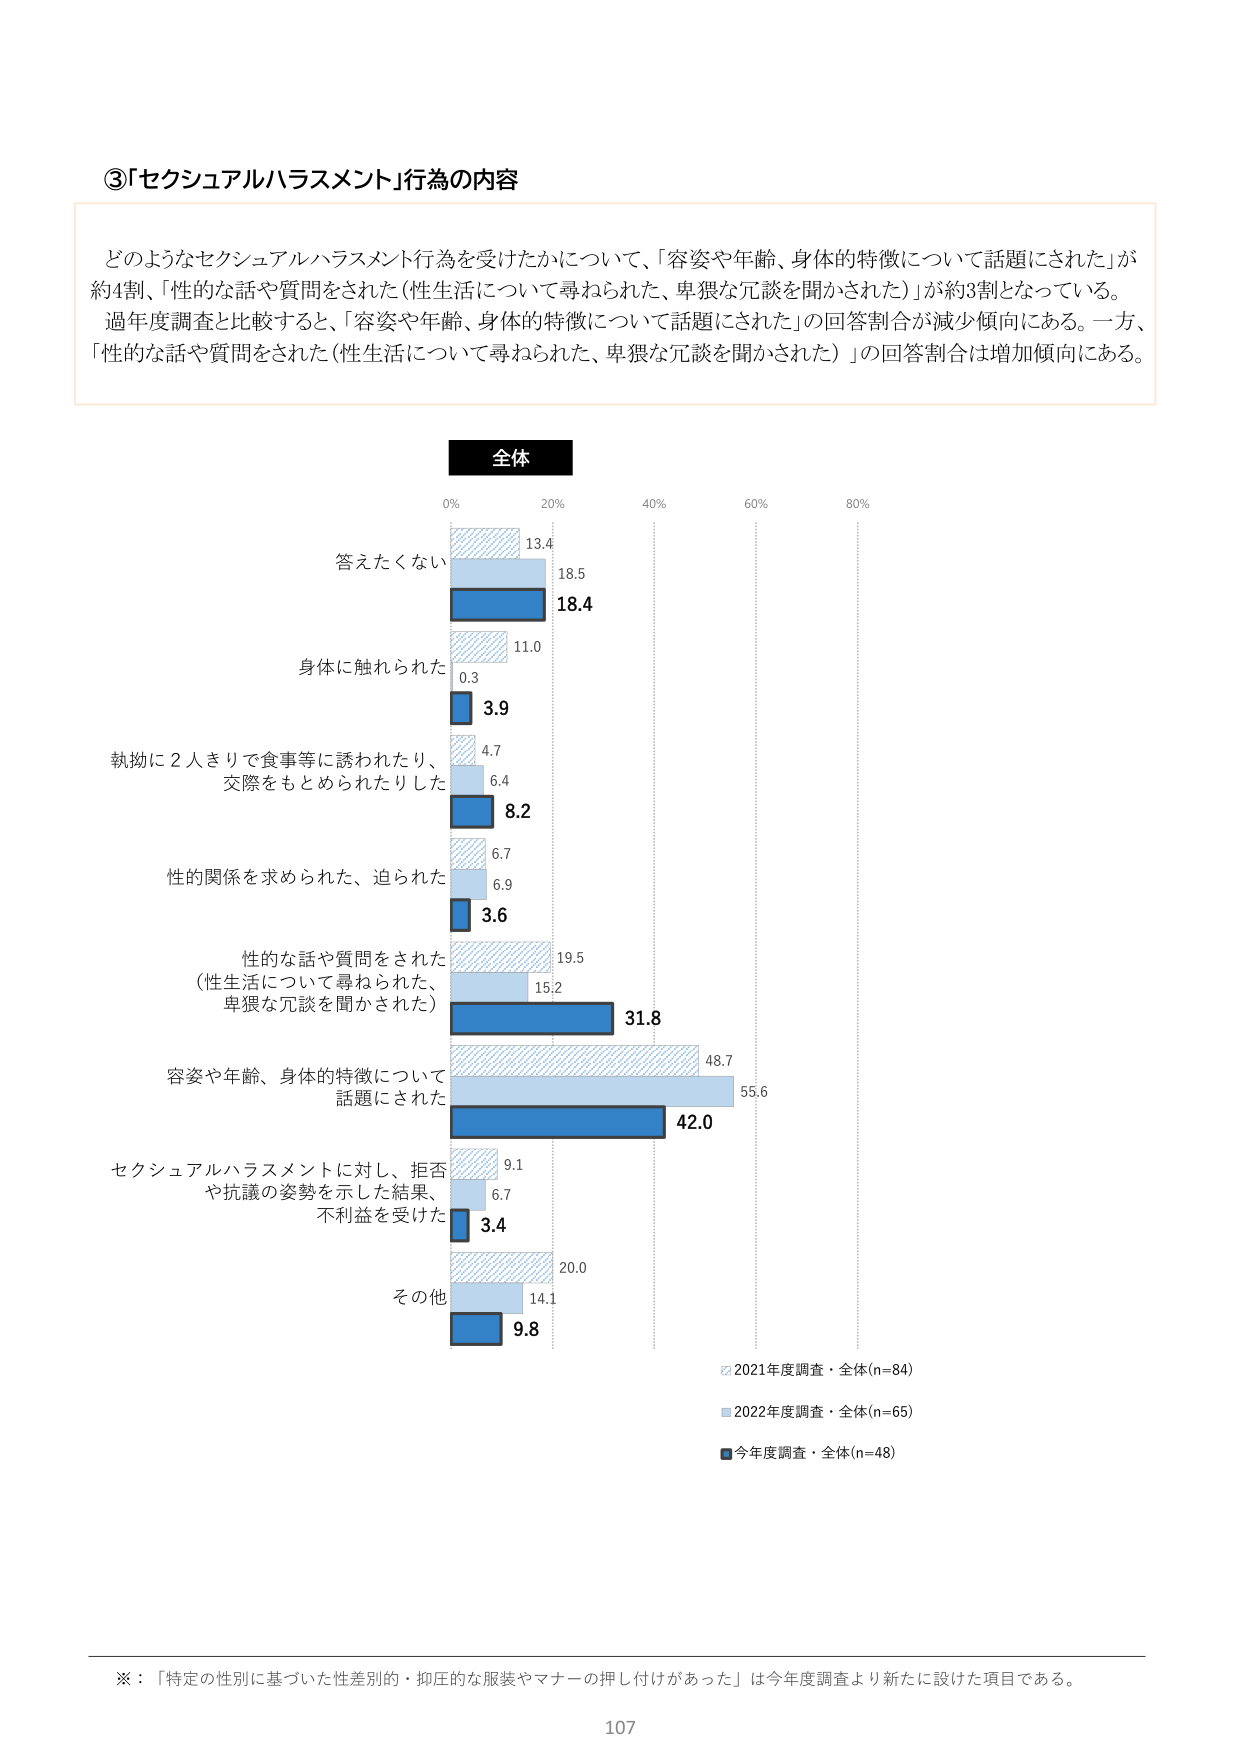
③「セクシュアルハラスメント」行為の内容

どのようなセクシュアルハラスメント行為を受けたかについて、「容姿や年齢、身体的特徴について話題にされた」が約4割、「性的な話や質問をされた（性生活について尋ねられた、卑猥な冗談を聞かされた）」が約3割となっている。過年度調査と比較すると、「容姿や年齢、身体的特徴について話題にされた」の回答割合が減少傾向にある。一方、「性的な話や質問をされた（性生活について尋ねられた、卑猥な冗談を聞かされた）」の回答割合は増加傾向にある。

全体

0% 20% 40% 60% 80%

答えたくない
13.4
18.5
18.4

身体に触られた
11.0
0.3
3.9

執拗に2人きりで食事等に誘われたり、
交際をもとめられたりした
4.7
6.4
8.2

性的関係を求められた、迫られた
6.7
6.9
3.6

性的な話や質問をされた
（性生活について尋ねられた、
卑猥な冗談を聞かされた）
19.5
15.2
31.8

容姿や年齢、身体的特徴について
話題にされた
48.7
55.6
42.0

セクシュアルハラスメントに対し、拒否
や抗議の姿勢を示した結果、
不利益を受けた
9.1
6.7
3.4

その他
20.0
14.1
9.8

☑ 2021年度調査・全体(n=84)
■ 2022年度調査・全体(n=65)
■ 今年度調査・全体(n=48)

※：「特定の性別に基づいた性差別的・抑圧的な服装やマナーの押し付けがあった」は今年度調査より新たに設けた項目である。

107